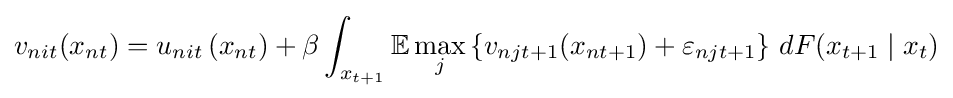
v_{nit}(x_{nt})=u_{nit}\left(x_{nt}\right)+\beta \int _{x_{t+1}}\mathbb {E} \max _{j}\left\{v_{njt+1}(x_{nt+1})+\varepsilon _{njt+1}\right\}\,dF(x_{t+1}\mid x_{t})